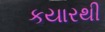
કયારથી